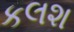
કલશ